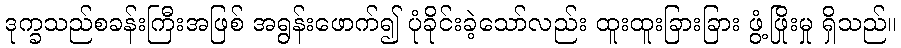
ဒုက္ခသည်စခန်းကြီးအဖြစ် အရွန်းဖောက်၍ ပုံခိုင်းခဲ့သော်လည်း ထူးထူးခြားခြား ဖွံ့ဖြိုးမှု ရှိသည်။